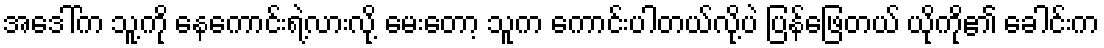
အဒေါ်က သူ့ကို နေကောင်းရဲ့လားလို့ မေးတော့ သူက ကောင်းပါတယ်လို့ပဲ ပြန်ဖြေတယ် ယိုကို၏ ခေါင်းက